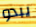
يبدو